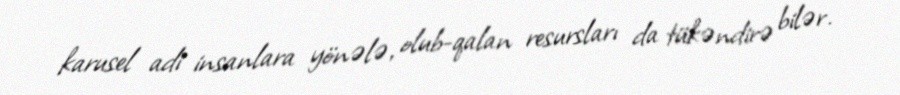
karusel adi insanlara yönələ, olub-qalan resursları da tükəndirə bilər.